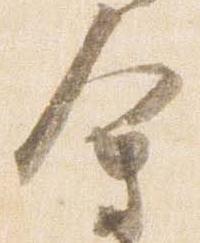
会